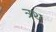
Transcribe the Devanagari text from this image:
त्रथ